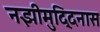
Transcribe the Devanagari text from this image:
नझीमुद्दिनास